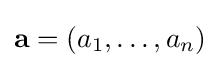
\mathbf {a} =(a_{1},\dots ,a_{n})